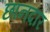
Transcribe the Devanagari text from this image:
छानदार